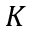
K